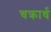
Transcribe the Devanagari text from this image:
चक्रार्ध